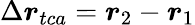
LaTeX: \Delta\boldsymbol{r}_{tca}=\boldsymbol{r}_{2}-\boldsymbol{r}_{1}